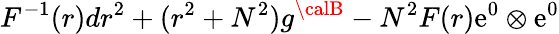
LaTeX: F^{-1}(r)dr^{2}+(r^{2}+N^{2})g^{\calB}-N^{2}F(r)\mathrm{e}^{0}\otimes\mathrm{e}^{0}